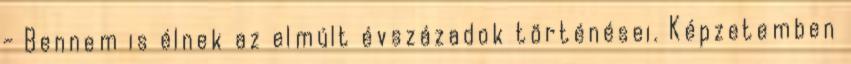
- Bennem is élnek az elmúlt évszázadok történései. Képzetemben